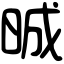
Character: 晠